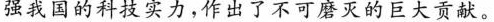
强我国的科技实力，作出了不可磨灭的巨大贡献。